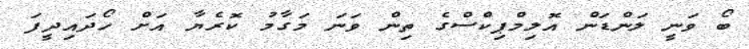
ބޯ ވަނީ ލަންޑަން އޮލިމްޕިކްސްގެ ތިން ވަނަ މަގާމު ކޮރެޔާ އަށް ހޯދައިދީފަ